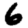
Digit: 6